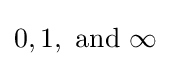
0,1,\ {\text{and}}\ \infty